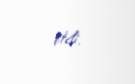
etdi.